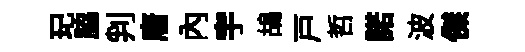
玘脇判唐内宇鴣戸哲諾波傑